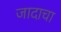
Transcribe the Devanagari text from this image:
जादाचा